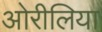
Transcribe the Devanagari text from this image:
ओरीलिया